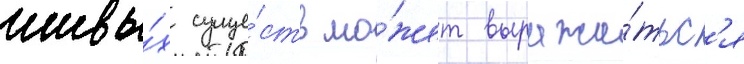
живы́х суще́ств мо́жет выража́тьс'я